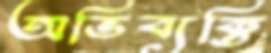
অভিব্যক্তি